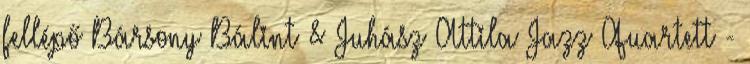
fellépő Bársony Bálint & Juhász Attila Jazz Quartett -